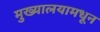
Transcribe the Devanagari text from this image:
मुख्यालयामधून